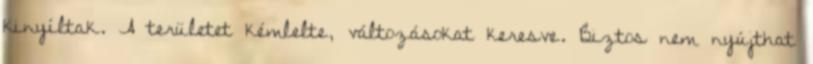
kinyíltak. A területet kémlelte, változásokat keresve. Biztos nem nyújthat